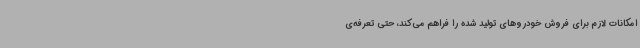
امکانات لازم برای فروش خودروهای تولید شده را فراهم می‌کند، حتی تعرفه‌ی